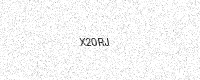
Text: X20RJ